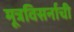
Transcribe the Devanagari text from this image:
मूत्रविसर्नाची